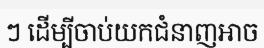
ៗ ដើម្បីចាប់យកជំនាញអាច